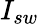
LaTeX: I_{sw}